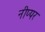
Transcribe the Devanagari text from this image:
नीप्पर